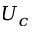
U _ { c }